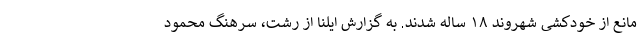
مانع از خودکشی شهروند ۱۸ ساله شدند. به گزارش ایلنا از رشت، سرهنگ محمود